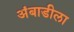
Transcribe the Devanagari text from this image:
अंबाडीला